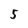
Character: 5